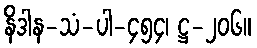
နိဒါန-သံ-ပါ-၄၅၄၊ ဋ္ဌ-၂၀၆။